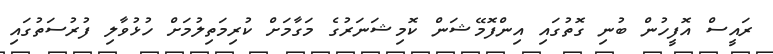
ރައީސް އޮފީހުން ބުނި ގޮތުގައި އިންފޮމޭޝަން ކޮމިޝަނަރުގެ މަގާމަށް ކުރިމަތިލުމަށް ހުޅުވާލި ފުރުސަތުގައި